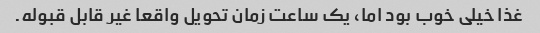
غذا خیلی خوب بود اما، یک ساعت زمان تحویل واقعا غیر قابل قبوله.